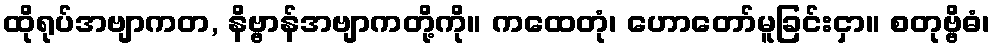
ထိုရုပ်အဗျာကတ, နိဗ္ဗာန်အဗျာကတို့ကို။ ကထေတုံ၊ ဟောတော်မူခြင်းငှာ။ စတုဗ္ဗိဓံ၊